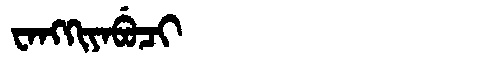
Manchu: ᠸᠠᠩᡴᡳᠶᠠᠪᡠᠴᡳ
Romanization: WANGKIYABUCI